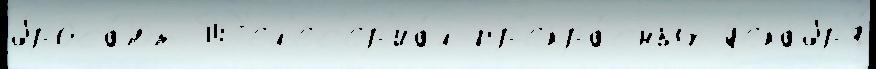
броса́ют Т'ел'ес'ер'иа́л пр'екра́сных д'екабр'я́